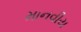
માનવીય